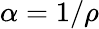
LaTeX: \alpha=1/\rho